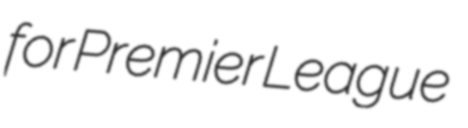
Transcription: for Premier League